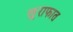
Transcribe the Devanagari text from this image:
खुराफात